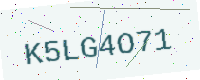
Text: K5LG4O71